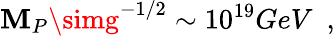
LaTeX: \mathbf{M}_{P}\simg^{-1/2}\sim10^{19}GeV~~,